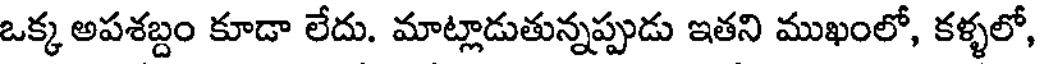
ఒక్క అపశబ్దం కూడా లేదు. మాట్లాడుతున్నప్పుడు ఇతని ముఖంలో, కళ్ళలో,